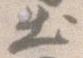
出